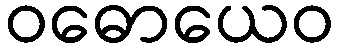
ဝဓောယေဝ